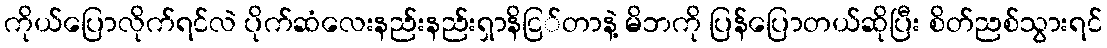
ကိုယ်ပြောလိုက်ရင်လဲ ပိုက်ဆံလေးနည်းနည်းရှာနိငြ်တာနဲ့ မိဘကို ပြန်ပြောတယ်ဆိုပြီး စိတ်ညစ်သွားရင်